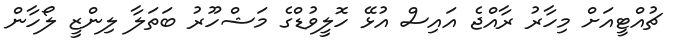
ޗުއްޓީއަށް މިހާރު ރާއްޖެ އައިސް އުޅޭ ހޮލީވުޑްގެ މަޝްހޫރު ބަތަލާ ލިންޒީ ލޯހާން